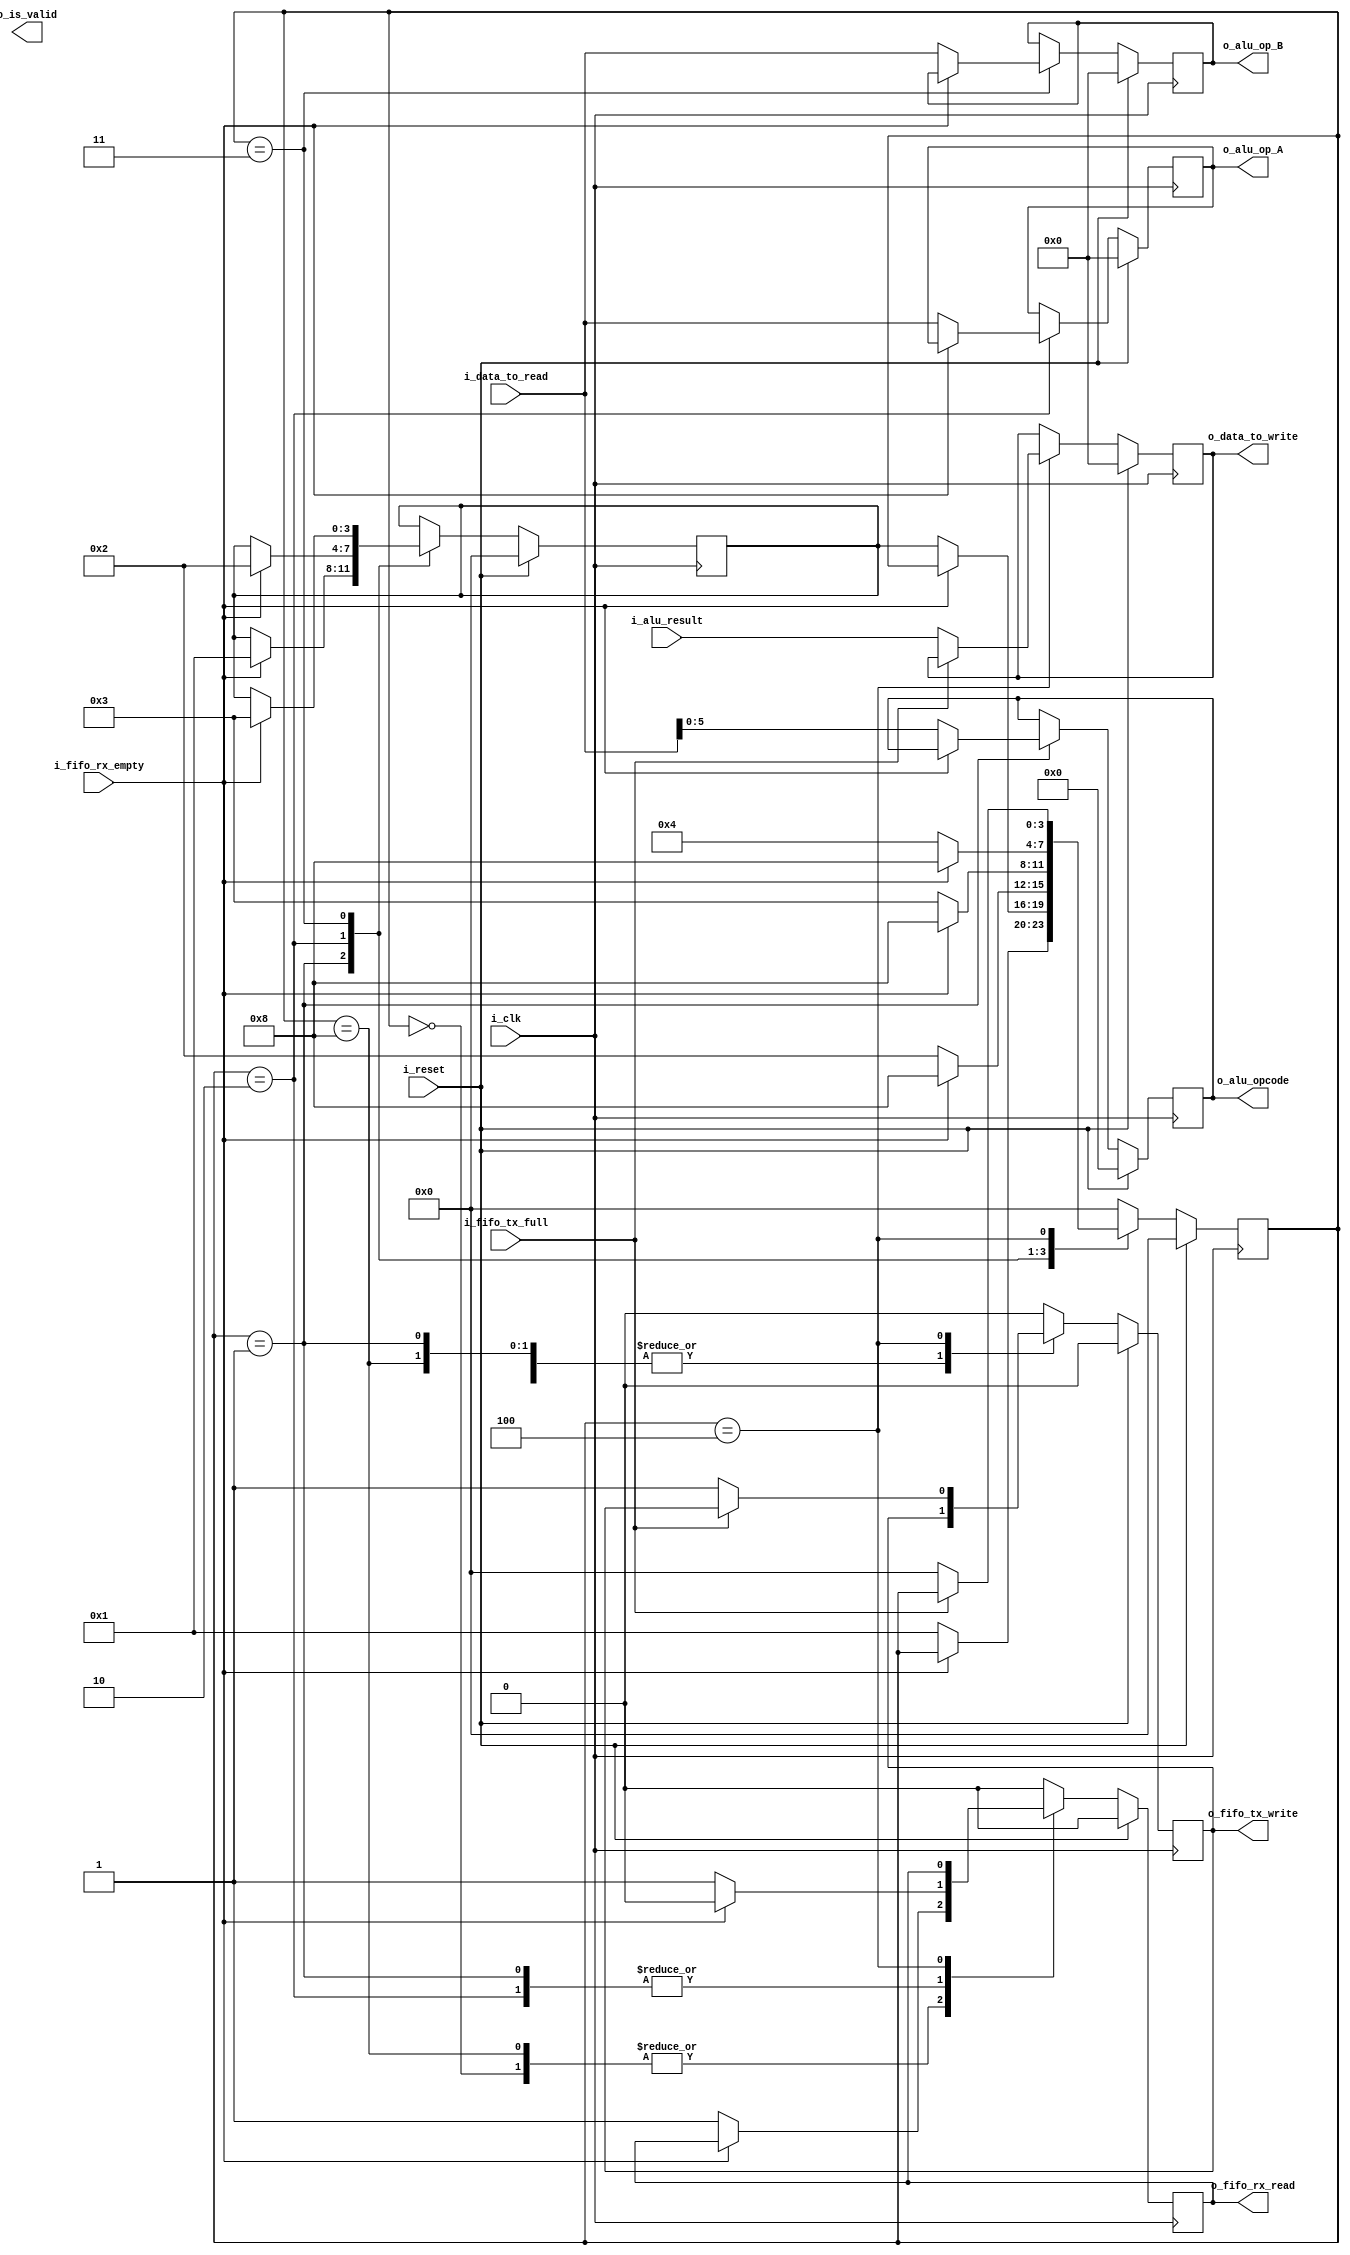
module interface#
(
    parameter NB_DATA = 8,
    parameter NB_OPCODE = 6     
)
(
    input wire i_clk,
    input wire i_reset,
    input wire [NB_DATA-1:0] i_alu_result,
    input wire [NB_DATA-1:0] i_data_to_read,
    input wire i_fifo_rx_empty,
    input wire i_fifo_tx_full,

    output wire o_fifo_rx_read,
    output wire o_fifo_tx_write,
    output wire [NB_DATA-1:0] o_data_to_write,
    output wire [NB_OPCODE-1:0] o_alu_opcode,
    output wire [NB_DATA-1:0] o_alu_op_A,
    output wire [NB_DATA-1:0] o_alu_op_B,
    output wire o_is_valid
);

// STM Interface
localparam [3:0] IDLE = 4'b0000;
localparam [3:0] OPCODE = 4'b0001;
localparam [3:0] OPERAND_A = 4'b0010;
localparam [3:0] OPERAND_B = 4'b0011;
localparam [3:0] RESULT = 4'b0100;
localparam [3:0] WAIT = 4'b1000;

reg [3:0] state, state_next;
reg fifo_rx_read, fifo_rx_read_next;
reg fifo_tx_write, fifo_tx_write_next;
reg [NB_OPCODE-1:0] opcode_sel, opcode_sel_next;
reg [NB_DATA-1:0] operand_a_sel, operand_a_sel_next;
reg [NB_DATA-1:0] operand_b_sel, operand_b_sel_next;
reg [NB_DATA-1:0] result, result_next;
reg [3:0] wait_reg, wait_next;

always @(posedge i_clk) begin
    if(i_reset) begin
        state <= IDLE;
        fifo_rx_read <= 1'b0;
        fifo_tx_write <= 1'b0;
        opcode_sel <= {NB_OPCODE{1'b0}};
        operand_a_sel <= {NB_DATA{1'b0}};
        operand_b_sel <= {NB_DATA{1'b0}};
        result <= {NB_DATA{1'b0}};
        wait_reg <= 4'b0000;
    end
    else begin
        state <= state_next;
        fifo_rx_read <= fifo_rx_read_next;
        fifo_tx_write <= fifo_tx_write_next;
        opcode_sel <= opcode_sel_next;
        operand_a_sel <= operand_a_sel_next;
        operand_b_sel <= operand_b_sel_next;
        result <= result_next;
        wait_reg <= wait_next;
    end
end

always @(*) begin
    state_next = state;
    fifo_rx_read_next = fifo_rx_read;
    fifo_tx_write_next = fifo_tx_write;
    opcode_sel_next = opcode_sel;
    operand_a_sel_next = operand_a_sel;
    operand_b_sel_next = operand_b_sel;
    result_next = result;
    wait_next = wait_reg;

    case (state)
        IDLE: begin
            fifo_tx_write_next = 1'b0;    
            if(~i_fifo_rx_empty) begin
                state_next = OPCODE;
                fifo_rx_read_next = 1'b1;
            end
        end
        
        WAIT: begin
            if(~i_fifo_rx_empty) begin
                state_next = wait_reg;
                fifo_rx_read_next = 1'b1;
            end
        end
        
        OPCODE: begin
            if(i_fifo_rx_empty) begin
                fifo_rx_read_next = 1'b0;
                state_next = WAIT;
                wait_next = OPCODE;
            end
            else begin
                state_next = OPERAND_A;
                opcode_sel_next = i_data_to_read[NB_OPCODE-1:0];
                fifo_rx_read_next = 1'b1;
            end
        end 

        OPERAND_A: begin
            if(i_fifo_rx_empty) begin
                fifo_rx_read_next = 1'b0;
                state_next = WAIT;
                wait_next = OPERAND_A;
            end
            else begin
                state_next = OPERAND_B;
                operand_a_sel_next = i_data_to_read;
                fifo_rx_read_next = 1'b1;
            end
        end

        OPERAND_B: begin
            if(i_fifo_rx_empty) begin
                fifo_rx_read_next = 1'b0;
                state_next = WAIT;
                wait_next = OPERAND_B;
            end
            else begin
                state_next = RESULT;
                operand_b_sel_next = i_data_to_read;
                fifo_rx_read_next = 1'b0;
            end
        end

        RESULT: begin
            if(~i_fifo_tx_full) begin
                state_next = IDLE;
                result_next = i_alu_result;
                fifo_tx_write_next = 1'b1;
            end
        end

        default: begin
            state_next = IDLE;
            fifo_rx_read_next = 1'b0;
            fifo_tx_write_next = 1'b0;
        end

    endcase
end

assign o_alu_op_A = operand_a_sel;
assign o_alu_op_B = operand_b_sel;
assign o_alu_opcode = opcode_sel;
assign o_data_to_write = result;
assign o_fifo_tx_write = fifo_tx_write;
assign o_fifo_rx_read = fifo_rx_read;

endmodule